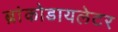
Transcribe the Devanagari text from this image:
ब्रांकोडायलेटर